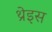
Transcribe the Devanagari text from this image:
थ्रेइस